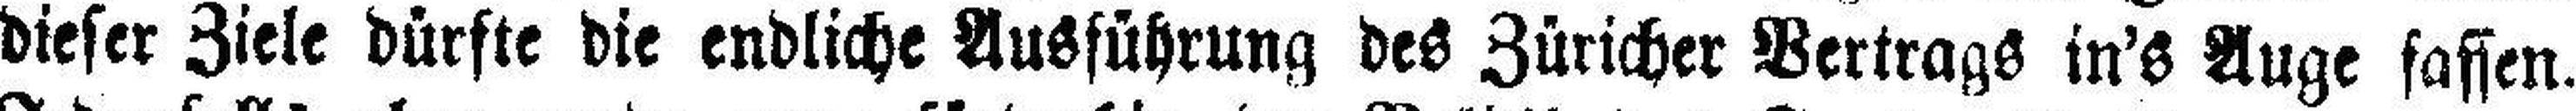
dieser Ziele dürfte die endliche Ausführung des Züricher Vertrags in's Auge fassen.